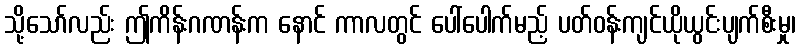
သို့သော်လည်း ဤကိန်းဂဏန်းက နောင် ကာလတွင် ပေါ်ပေါက်မည့် ပတ်ဝန်းကျင်ယိုယွင်းပျက်စီးမှု၊